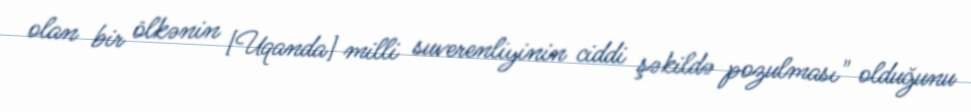
olan bir ölkənin [Uqanda] milli suverenliyinin ciddi şəkildə pozulması" olduğunu